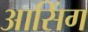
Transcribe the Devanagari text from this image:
आसिंग